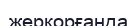
жерқорғанда